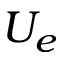
U _ { e }